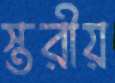
স্তরীয়